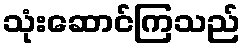
သုံးဆောင်ကြသည်